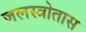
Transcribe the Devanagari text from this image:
जलस्त्रोतास